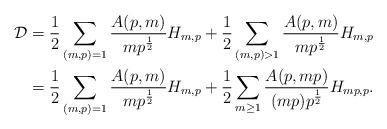
LaTeX: \begin{align*} \mathcal{D} &= \frac{1}{2} \sum_{(m, p) = 1} \frac{A(p, m)}{m p^{\frac{1}{2}}} H_{m, p} + \frac{1}{2} \sum_{(m, p) > 1} \frac{A(p, m)}{m p^{\frac{1}{2}}} H_{m, p} \\ &= \frac{1}{2} \sum_{(m, p) = 1} \frac{A(p, m)}{m p^{\frac{1}{2}}} H_{m, p} + \frac{1}{2} \sum_{m \geq 1} \frac{A(p, m p)}{(m p) p^{\frac{1}{2}}} H_{m p, p}.\end{align*}